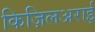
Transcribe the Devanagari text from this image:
किज़िलअराई